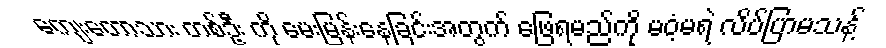
ကျေးတောသား တစ်ဦး ကို မေးမြန်းနေခြင်းအတွက် ဖြေရမည်ကို မဝံ့မရဲ လိပ်ပြာမသန့်